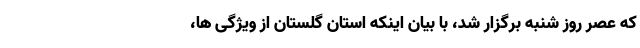
که عصر روز شنبه برگزار شد، با بیان اینکه استان گلستان از ویژگی ها،